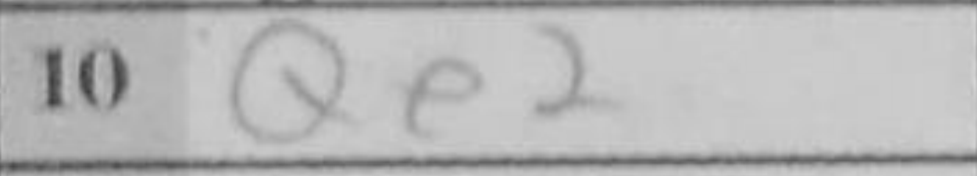
Transcription: Qe2